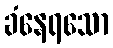
ခံနေရသော